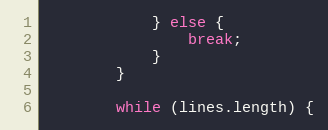
Language: JavaScript
			} else {
				break;
			}
		}

		while (lines.length) {